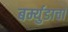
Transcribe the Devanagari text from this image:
बर्म्युडाचा